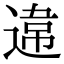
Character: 𨔻